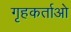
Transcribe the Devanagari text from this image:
गृहकर्ताओ